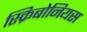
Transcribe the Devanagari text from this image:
स्क्रिबोनियस